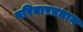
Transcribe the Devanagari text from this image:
परिवारप्रधान